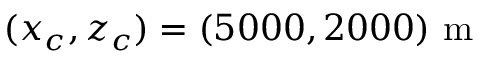
( x _ { c } , z _ { c } ) = ( 5 0 0 0 , 2 0 0 0 ) ~ \mathrm { m }